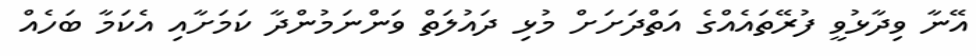
އޭނާ ވިދާޅުވީ ފުރޭތައެއްގެ އަތްދަށަށް މުޅި ދައުލަތް ވަންނަމުންދާ ކަމަށާއި އެކަމާ ބަހެއް